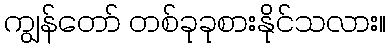
ကျွန်တော် တစ်ခုခုစားနိုင်သလား။